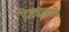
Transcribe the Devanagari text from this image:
दिक्कालाने